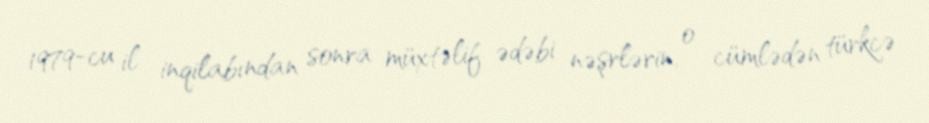
1979-cu il inqilabından sonra müxtəlif ədəbi nəşrlərin, o cümlədən türkcə